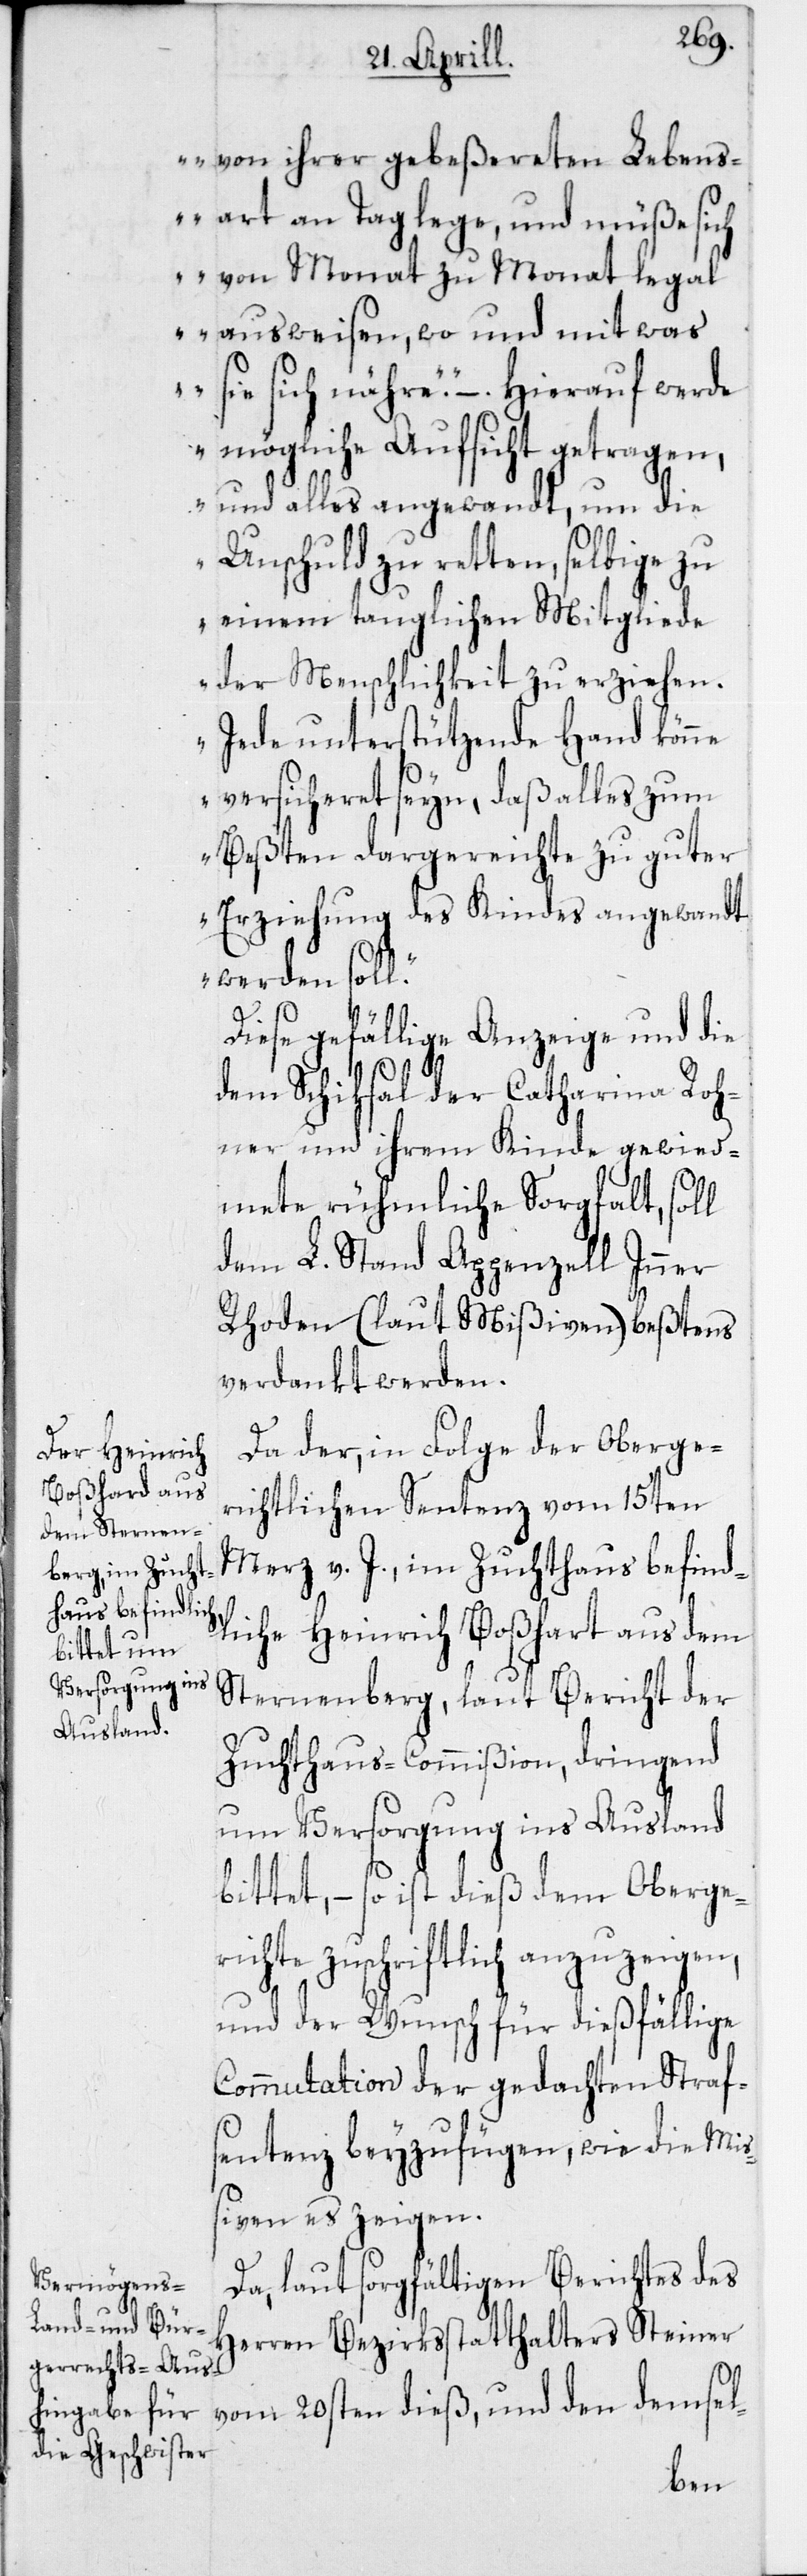
von ihrer gebeßereten Lebens¬
art an Tag lege, und müße sich
von Monat zu Monat legal
ausweisen, wo und mit was
sie sich nähre.“ – Hierauf werde
mögliche Aufsicht getragen,
und alles angewandt, um die
Unschuld zu retten, selbige zu
einem tauglichen Mitgliede
der Menschlichkeit zu erziehen.
Jede unterstützende Hand kön¬
ne versicheret seyn, daß alles zum
Beßten dargereichte zu guter
Erziehung des Kindes angewandt
werden sol¬
l.“
Diese gefällige Anzeige und die
dem Schiksal der Catharina Roh¬
ner und ihrem Kinde gewied¬
mete rühmliche Sorgfalt, soll
dem L. Stand Appenzell Inner
Rhoden (laut Mißiven) beßtens
verdankt werden.
Da der, in Folge der Oberge¬
richtlichen Sentenz vom 15ten
Merz v. J. im Zuchthaus befind¬
liche Heinrich Boßhart [sic!]
Sternenberg, laut Bericht der
Zuchthaus-Commißion, dringend
um Versorgung ins Ausland
bittet, – so ist dieß dem Oberge¬
richte zuschriftlich anzuzeigen,
und der Wunsch für dießfällige
Commutation der gedachten Straf¬
sentenz beyzufügen, wie es die Miß¬
iven zeigen.
Da, laut sorgfältigen Berichtes des
Herren Bezirksstatthalters Steiner
vom 20sten dieß, und den demsel-